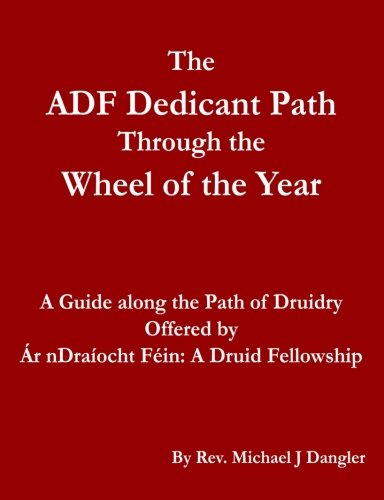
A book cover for The ADF Dedicant Path Through the Wheel of the Year; Rev. Michael J Dangler; Religion & Spirituality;